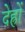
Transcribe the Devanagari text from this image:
देह्रों